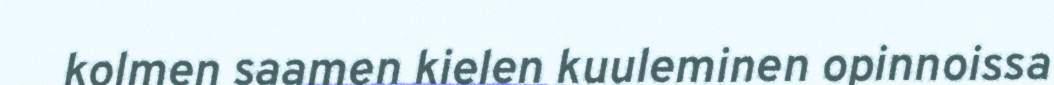
kolmen saamen kielen kuuleminen opinnoissa